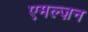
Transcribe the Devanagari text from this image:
एमल्ज़न